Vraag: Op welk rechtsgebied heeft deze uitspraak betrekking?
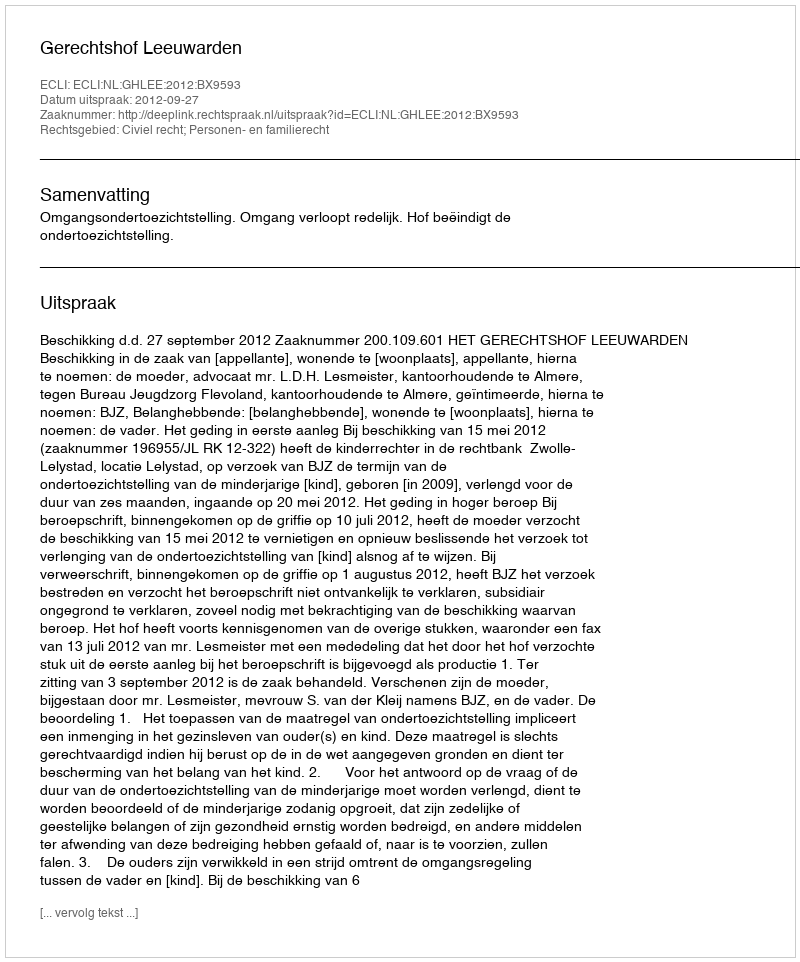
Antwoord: Civiel recht; Personen- en familierecht